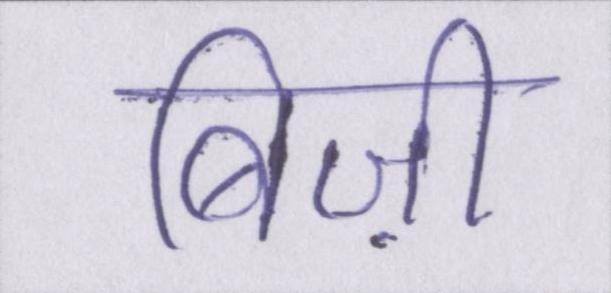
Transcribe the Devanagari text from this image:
बिज़ी